Indian journal of veterinary science and animal husbandry - Volume 3,
Year: 1933
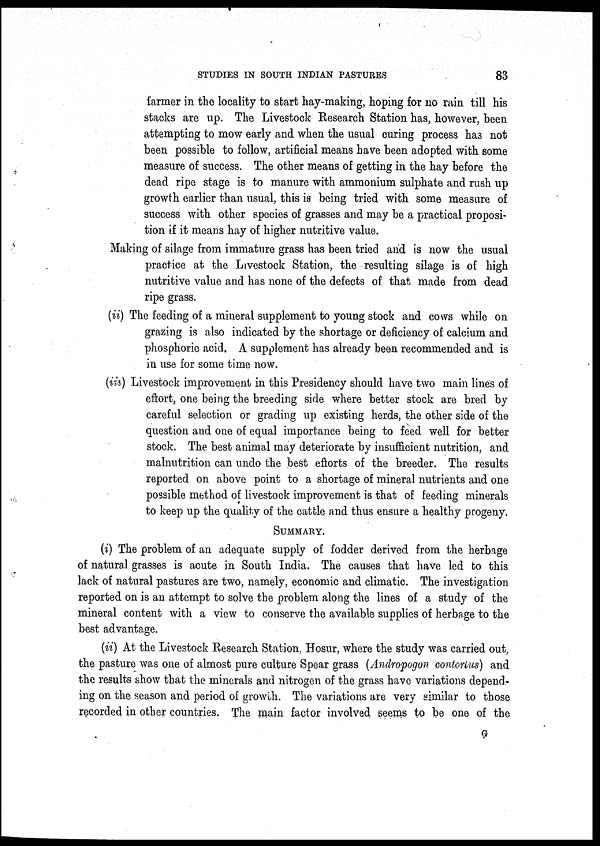
STUDIES IN SOUTH INDIAN PASTURES
83
farmer in the locality to start hay-making, hoping for no rain till his
stacks are up. The Livestock Research Station has, however, been
attempting to mow early and when the usual curing process has not
been possible to follow, artificial means have been adopted with some
measure of success. The other means of getting in the hay before the
dead ripe stage is to manure with ammonium sulphate and rush up
growth earlier than usual, this is being tried with some measure of
success with other species of grasses and may be a practical proposi-
tion if it means hay of higher nutritive value.
Making of silage from immature grass has been tried and is now the usual
practice at the Livestock Station, the resulting silage is of high
nutritive value and has none of the defects of that made from dead
ripe grass.
(ii) The feeding of a mineral supplement to young stock and cows while on
grazing is also indicated by the shortage or deficiency of calcium and
phosphoric acid. A supplement has already been recommended and is
in use for some time now.
(iii) Livestock improvement in this Presidency should have two main lines of
effort, one being the breeding side where better stock are bred by
careful selection or grading up existing herds, the other side of the
question and one of equal importance being to feed well for better
stock. The best animal may deteriorate by insufficient nutrition, and
malnutrition can undo the best efforts of the breeder. The results
reported on above point to a shortage of mineral nutrients and one
possible method of livestock improvement is that of feeding minerals
to keep up the quality of the cattle and thus ensure a healthy progeny.
SUMMARY.
(i) The problem of an adequate supply of fodder derived from the herbage
of natural grasses is acute in South India. The causes that have led to this
lack of natural pastures are two, namely, economic and climatic. The investigation
reported on is an attempt to solve the problem along the lines of a study of the
mineral content with a view to conserve the available supplies of herbage to the
best advantage.
(ii) At the Livestock Research Station, Hosur, where the study was carried out,
the pasture was one of almost pure culture Spear grass (Andropogon contorlus) and
the results show that the minerals and nitrogen of the grass have variations depend-
ing on the season and period of growth. The variations are very similar to those
recorded in other countries. The main factor involved seems to be one of the
G